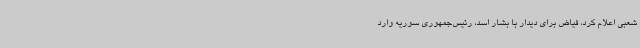
شعبی اعلام کرد، فیاض برای دیدار با بشار اسد، رئیس‌جمهوری سوریه وارد